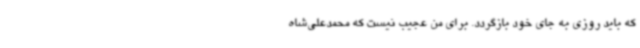
که باید روزی به جای خود بازگردد. برای من عجیب نیست که محمدعلی‌شاه